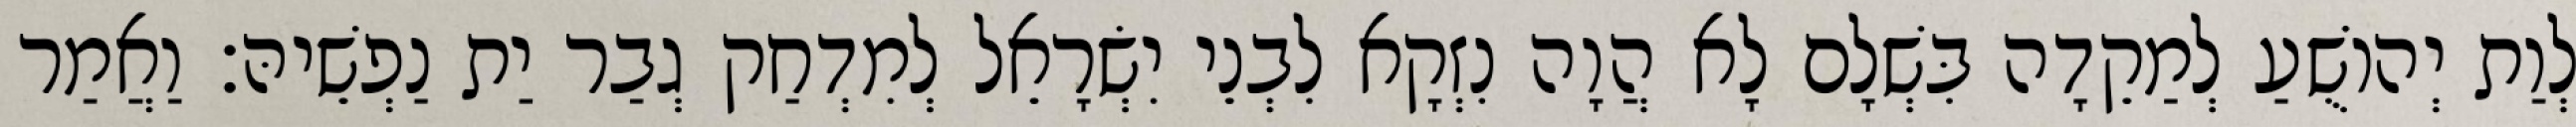
לְוַת יְהוֹשֻׁעַ לְמַקֵדָה בִּשְׁלָם לָא הֲוָה נִזְקָא לִבְנֵי יִשְׂרָאֵל לְמִדְחַק גְבַר יַת נַפְשֵׁיהּ׃ וַאֲמַר